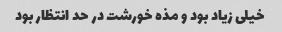
خیلی زیاد بود و مذه خورشت در حد انتظار بود